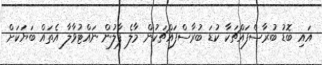
އައި ބޮޑު ބުރާސްފައްޗަކާ ކުޑަ ބުރާސްފައްޗަކުން މާލެ ފާލުން ނައްޓުވާލާ އެތައް ބަޔަކަށް